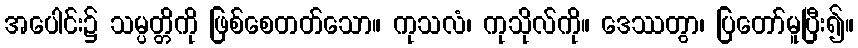
အပေါင်း၌ သမ္ပတ္တိကို ဖြစ်စေတတ်သော။ ကုသလံ၊ ကုသိုလ်ကို။ ဒေဿတွာ၊ ပြတော်မူပြီး၍။